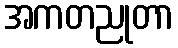
အကတညုတာ